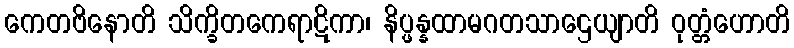
ကေတဗိနောတိ သိက္ခိတကေရာဋိကာ၊ နိပ္ဖန္နထာမဂတသာဌေယျာတိ ဝုတ္တံဟောတိ